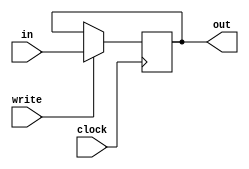
module reg16bitsN(in, out, write, clock);

	/***************************************************************************
	* Registrador de 16 bits sensivel a borda de descida do clock
	***************************************************************************/

	input [15:0] in;
	input write, clock;
	output reg [15:0] out;

	initial begin
       out = 16'b0;
	end

	always @(negedge clock)begin
		if (write) begin
			out = in;
		end
	end

endmodule